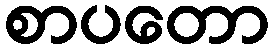
စာပတော